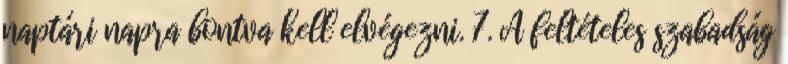
naptári napra bontva kell elvégezni. 7. A feltételes szabadság